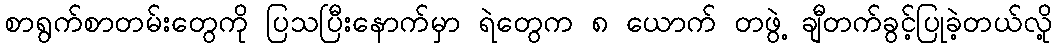
စာရွက်စာတမ်းတွေကို ပြသပြီးနောက်မှာ ရဲတွေက ၈ ယောက် တဖွဲ့ ချီတက်ခွင့်ပြုခဲ့တယ်လို့